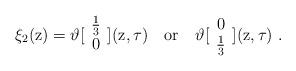
LaTeX: \begin{align*}\xi_2 ( {\rm z} ) = \vartheta [ \begin{array}{c} \frac{1}{3} \\ 0\end{array} ] ( {\rm z} , \tau ) \ \ \ \mbox{or\ }\ \ \vartheta [ \begin{array}{c} 0 \\ \frac{1}{3}\end{array} ] ( {\rm z} , \tau ) \ .\end{align*}